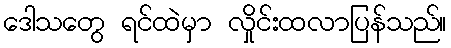
ဒေါသတွေ ရင်ထဲမှာ လှိုင်းထလာပြန်သည်။